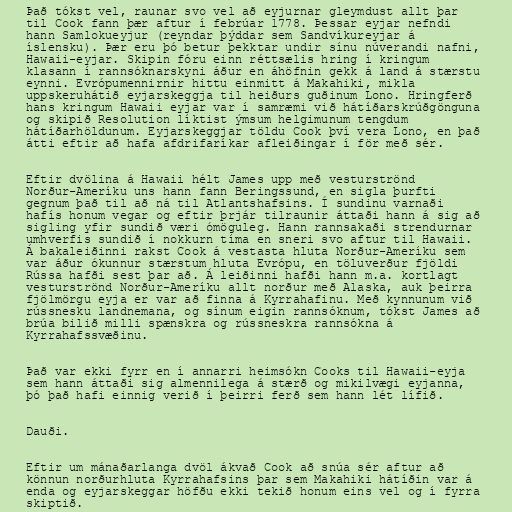
Það tókst vel, raunar svo vel að eyjurnar gleymdust allt þar
til Cook fann þær aftur í febrúar 1778. Þessar eyjar nefndi
hann Samlokueyjur (reyndar þýddar sem Sandvíkureyjar á
íslensku). Þær eru þó betur þekktar undir sínu núverandi nafni,
Hawaii-eyjar. Skipin fóru einn réttsælis hring í kringum
klasann í rannsóknarskyni áður en áhöfnin gekk á land á stærstu
eynni. Evrópumennirnir hittu einmitt á Makahiki, mikla
uppskeruhátið eyjarskeggja til heiðurs guðinum Lono. Hringferð
hans kringum Hawaii eyjar var í samræmi við hátíðarskrúðgönguna
og skipið Resolution líktist ýmsum helgimunum tengdum
hátíðarhöldunum. Eyjarskeggjar töldu Cook því vera Lono, en það
átti eftir að hafa afdrifaríkar afleiðingar í för með sér.

Eftir dvölina á Hawaii hélt James upp með vesturströnd
Norður-Ameríku uns hann fann Beringssund, en sigla þurfti
gegnum það til að ná til Atlantshafsins. Í sundinu varnaði
hafís honum vegar og eftir þrjár tilraunir áttaði hann á sig að
sigling yfir sundið væri ómöguleg. Hann rannsakaði strendurnar
umhverfis sundið í nokkurn tíma en sneri svo aftur til Hawaii.
Á bakaleiðinni rakst Cook á vestasta hluta Norður-Ameríku sem
var áður ókunnur stærstum hluta Evrópu, en töluverður fjöldi
Rússa hafði sest þar að. Á leiðinni hafði hann m.a. kortlagt
vesturströnd Norður-Ameríku allt norður með Alaska, auk þeirra
fjölmörgu eyja er var að finna á Kyrrahafinu. Með kynnunum við
rússnesku landnemana, og sínum eigin rannsóknum, tókst James að
brúa bilið milli spænskra og rússneskra rannsókna á
Kyrrahafssvæðinu.

Það var ekki fyrr en í annarri heimsókn Cooks til Hawaii-eyja
sem hann áttaði sig almennilega á stærð og mikilvægi eyjanna,
þó það hafi einnig verið í þeirri ferð sem hann lét lífið.

Dauði.

Eftir um mánaðarlanga dvöl ákvað Cook að snúa sér aftur að
könnun norðurhluta Kyrrahafsins þar sem Makahiki hátíðin var á
enda og eyjarskeggar höfðu ekki tekið honum eins vel og í fyrra
skiptið.